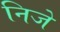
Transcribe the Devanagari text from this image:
निजे